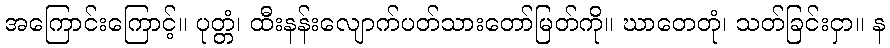
အကြောင်းကြောင့်။ ပုတ္တံ၊ ထီးနန်းလျောက်ပတ်သားတော်မြတ်ကို။ ဃာတေတုံ၊ သတ်ခြင်းငှာ။ န